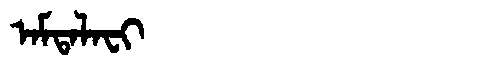
Manchu: ᠠᠮᡨᠠᠯᠠᠸᡳ
Romanization: AMTALAFI